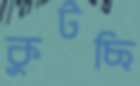
কুটছি